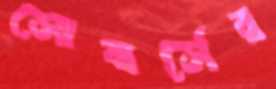
সোবার্সের